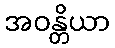
အဝန္တိယာ